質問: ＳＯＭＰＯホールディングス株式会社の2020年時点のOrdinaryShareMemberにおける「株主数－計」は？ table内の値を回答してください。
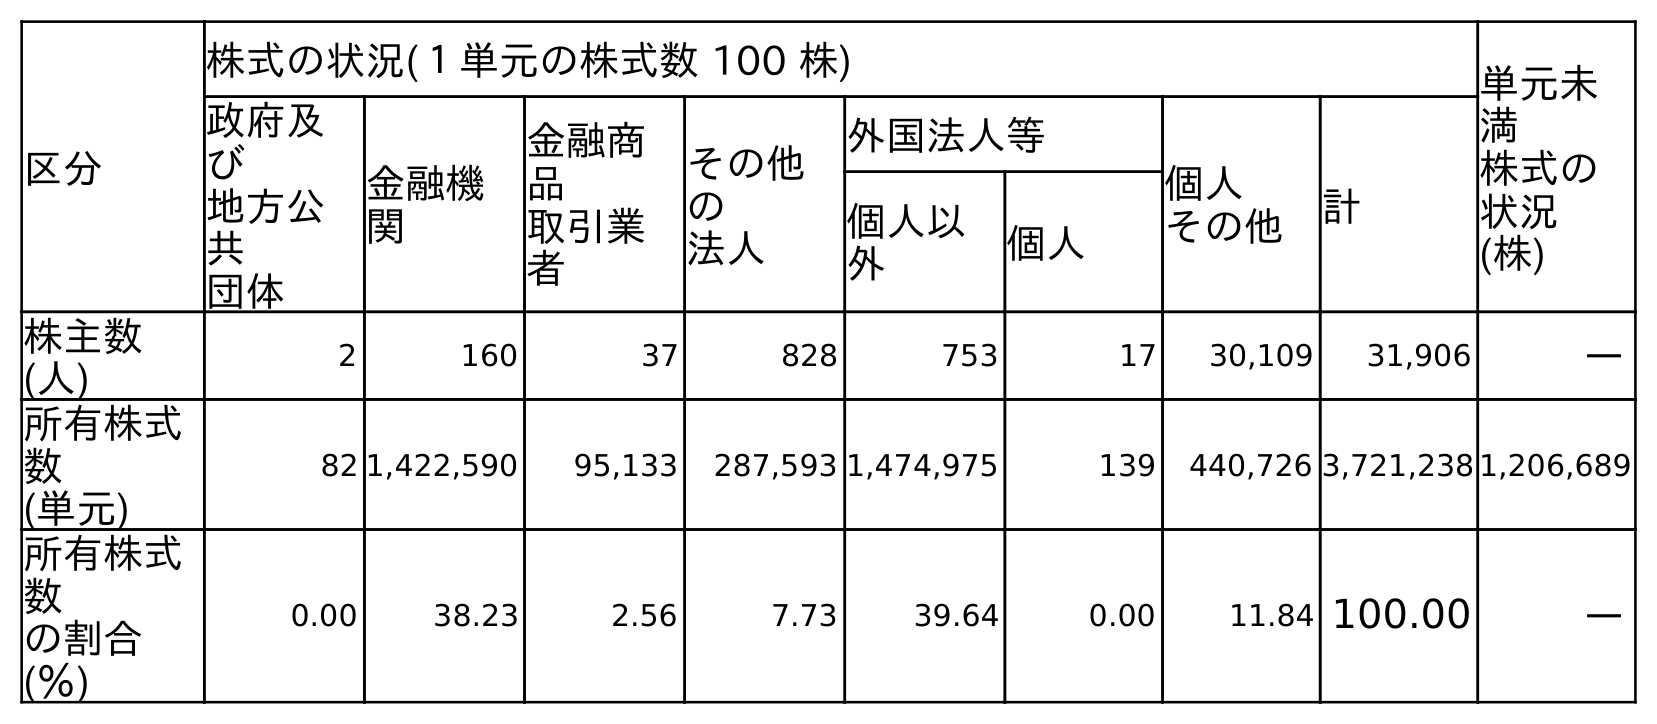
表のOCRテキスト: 区分 株式の状況(１単元の株式数 100 株) 単元未 満 株式の 状況 (株) 政府及 び 地方公 共 団体 金融機 関 金融商 品 取引業 者 その他 の 法人 外国法人等 個人 その他 計 個人以 外 個人 株主数 (人) 2 160 37 828 753 17 30,109 31,906 ― 所有株式 数 (単元) 82 1,422,590 95,133 287,593 1,474,975 139 440,726 3,721,238 1,206,689 所有株式 数 の割合 (％) 0.00 38.23 2.56 7.73 39.64 0.00 11.84 100.00 ―
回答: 31,906